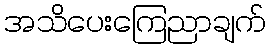
အသိပေးကြေညာချက်